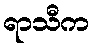
ရာသီက